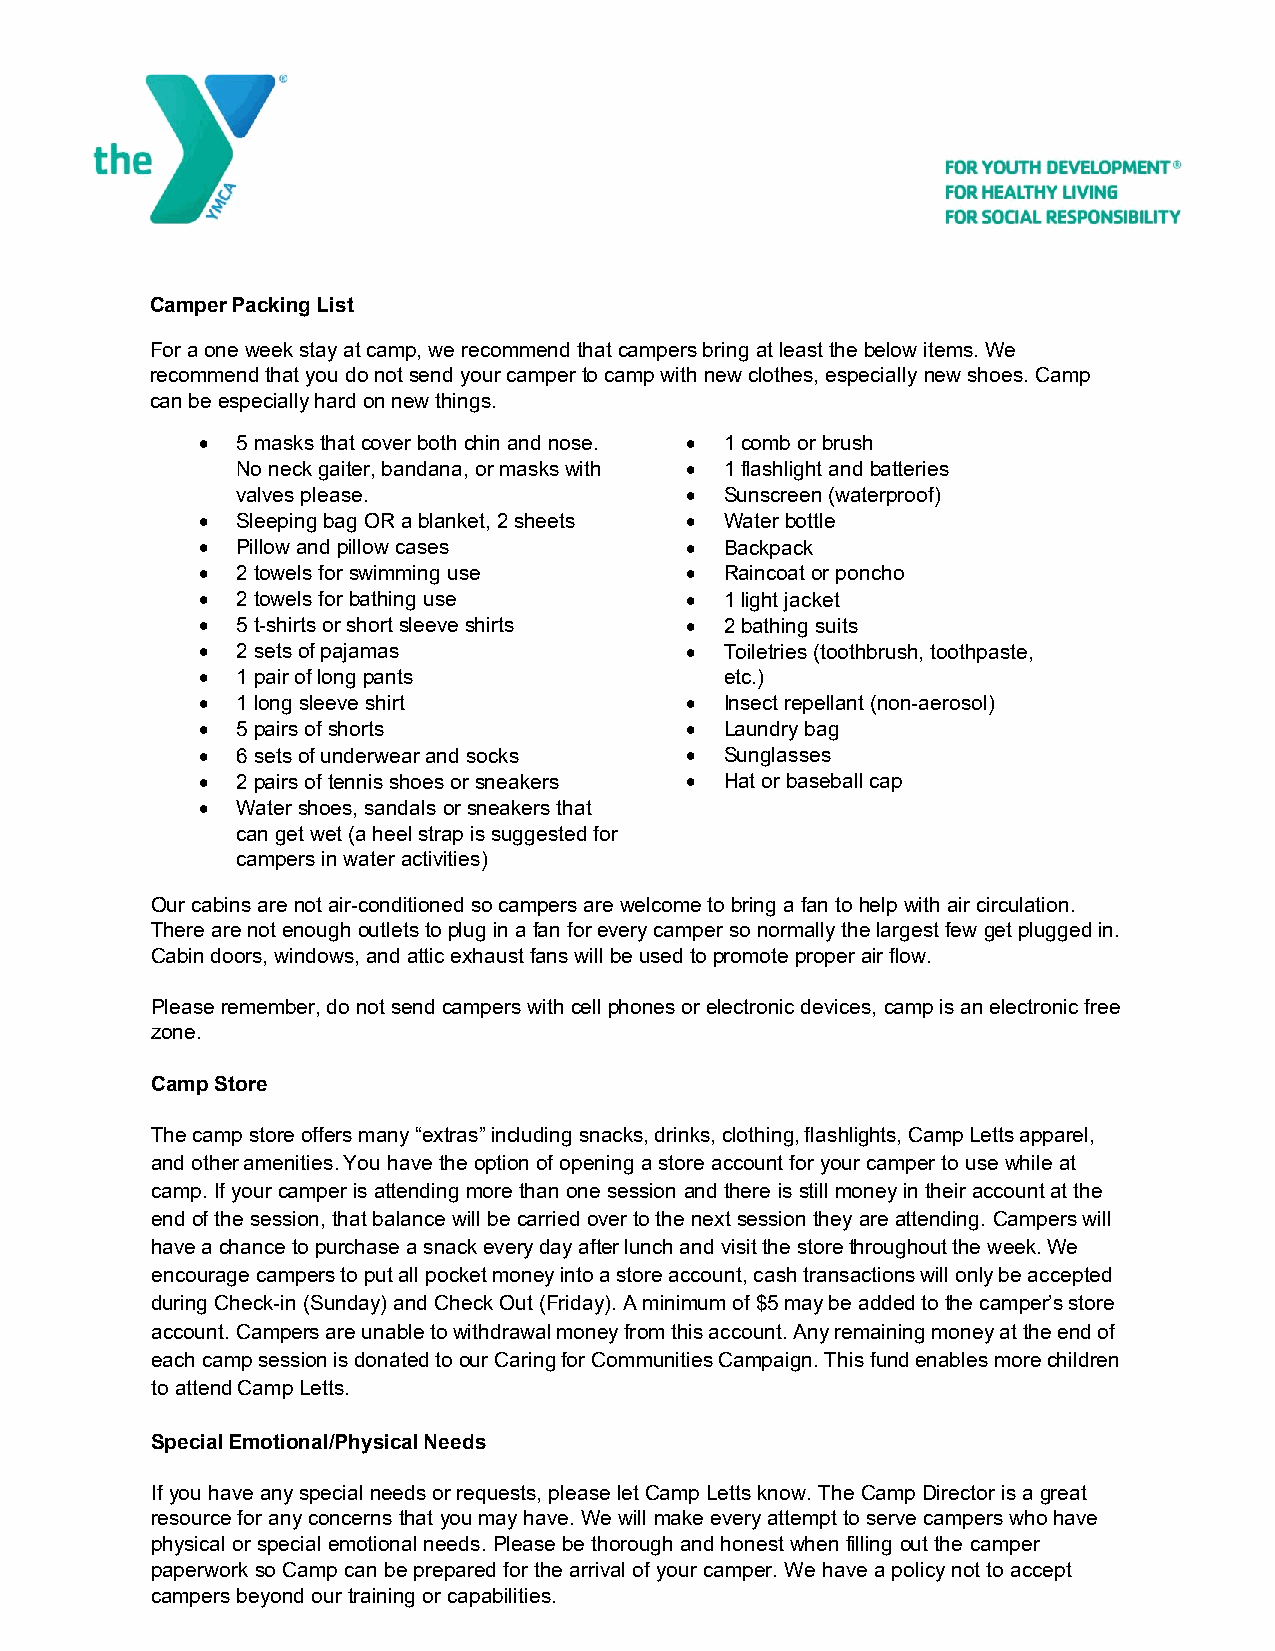
Camper Packing List
 For a one week stay at camp, we recommend that campers bring at least the below items. We
 recommend that you do not send your camper to camp with new clothes, especially new shoes. Camp
 can be especially hard on new things.
   5 masks that cover both chin and nose.  1 comb or brush
 No neck gaiter, bandana, or masks with  1 flashlight and batteries
 valves please.                 Sunscreen (waterproof)
   Sleeping bag OR a blanket, 2 sheets  Water bottle
   Pillow and pillow cases        Backpack
   2 towels for swimming use      Raincoat or poncho
   2 towels for bathing use       1 light jacket
   5 t-shirts or short sleeve shirts  2 bathing suits
   2 sets of pajamas              Toiletries (toothbrush, toothpaste,
   1 pair of long pants            etc.)
   1 long sleeve shirt            Insect repellant (non-aerosol)
   5 pairs of shorts              Laundry bag
   6 sets of underwear and socks  Sunglasses
   2 pairs of tennis shoes or sneakers  Hat or baseball cap
   Water shoes, sandals or sneakers that
 can get wet (a heel strap is suggested for
 campers in water activities)
 Our cabins are not air-conditioned so campers are welcome to bring a fan to help with air circulation.
 There are not enough outlets to plug in a fan for every camper so normally the largest few get plugged in.
 Cabin doors, windows, and attic exhaust fans will be used to promote proper air flow.
 Please remember, do not send campers with cell phones or electronic devices, camp is an electronic free
 zone.
 Camp Store
 The camp store offers many “extras” including snacks, drinks, clothing, flashlights, Camp Letts apparel,
 and other amenities. You have the option of opening a store account for your camper to use while at
 camp. If your camper is attending more than one session and there is still money in their account at the
 end of the session, that balance will be carried over to the next session they are attending. Campers will
 have a chance to purchase a snack every day after lunch and visit the store throughout the week. We
 encourage campers to put all pocket money into a store account, cash transactions will only be accepted
 during Check-in (Sunday) and Check Out (Friday). A minimum of $5 may be added to the camper’s store
 account. Campers are unable to withdrawal money from this account. Any remaining money at the end of
 each camp session is donated to our Caring for Communities Campaign. This fund enables more children
 to attend Camp Letts.
 Special Emotional/Physical Needs
 If you have any special needs or requests, please let Camp Letts know. The Camp Director is a great
 resource for any concerns that you may have. We will make every attempt to serve campers who have
 physical or special emotional needs. Please be thorough and honest when filling out the camper
 paperwork so Camp can be prepared for the arrival of your camper. We have a policy not to accept
 campers beyond our training or capabilities.